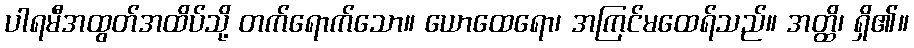
ပါရမီအထွတ်အထိပ်သို့ တက်ရောက်သော။ ယောထေရော၊ အကြင်မထေရ်သည်။ အတ္ထိ၊ ရှိ၏။